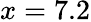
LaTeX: x=7.2